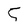
Character: 5